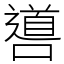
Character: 噵